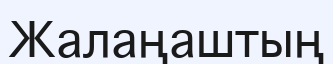
Жалаңаштың